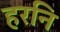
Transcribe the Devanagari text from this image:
हरनि